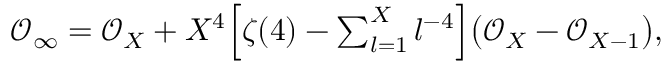
\begin{array} { r } { \mathcal { O } _ { \infty } = \mathcal { O } _ { X } + X ^ { 4 } \Big [ \zeta ( 4 ) - \sum _ { l = 1 } ^ { X } l ^ { - 4 } \Big ] \big ( \mathcal { O } _ { X } - \mathcal { O } _ { X - 1 } \big ) , } \end{array}